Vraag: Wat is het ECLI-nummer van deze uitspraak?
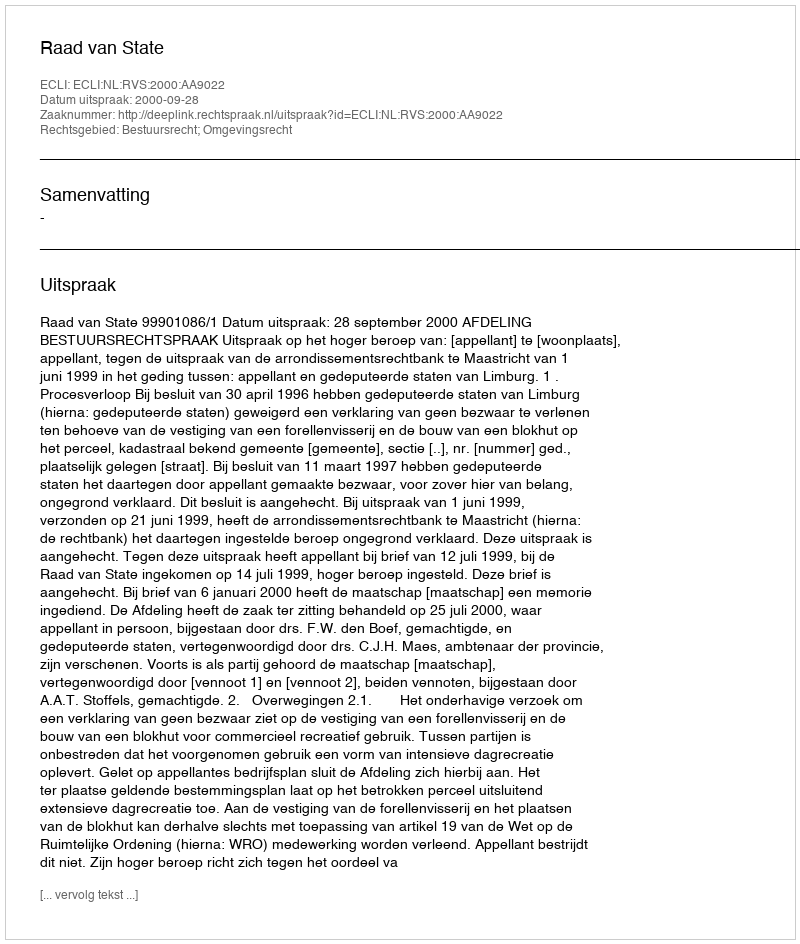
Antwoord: ECLI:NL:RVS:2000:AA9022